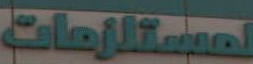
لمستلزمات